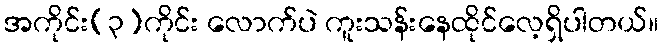
အကိုင်း(၃)ကိုင်း လောက်ပဲ ကူးသန်းနေထိုင်လေ့ရှိပါတယ်။